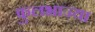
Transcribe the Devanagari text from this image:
फुलभाज्या